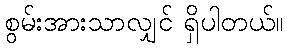
စွမ်းအားသာလျှင် ရှိပါတယ်။